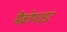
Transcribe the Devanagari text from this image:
मैक्रोफाइट